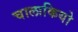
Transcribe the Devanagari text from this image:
चालाकियो